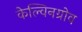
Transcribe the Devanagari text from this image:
केल्विनग्रोव